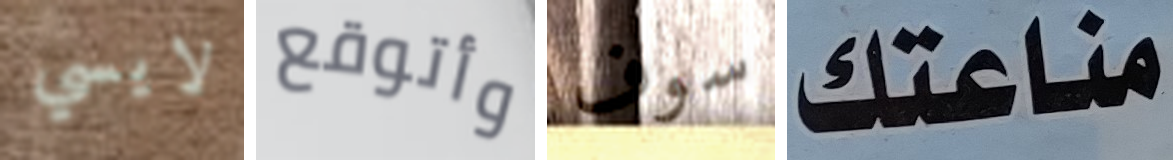
لايسي وأتوقع سوف مناعتك